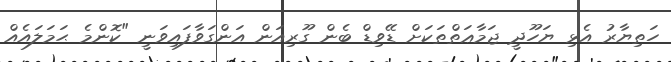
ހަތިޔާރު އެޅި ޔަހޫދީ ޖަމާޢަތްތަކަށް ޑޭވިޑް ބެން ގޫރިއަން އަންގަވާފައިވަނީ "ކޮންމެ ޙަމަލައެއް